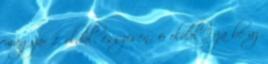
magyar 1. oldal, összesen: 6 oldal Írja be az